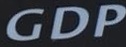
GDP